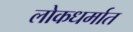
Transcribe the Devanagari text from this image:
लोकधर्मात